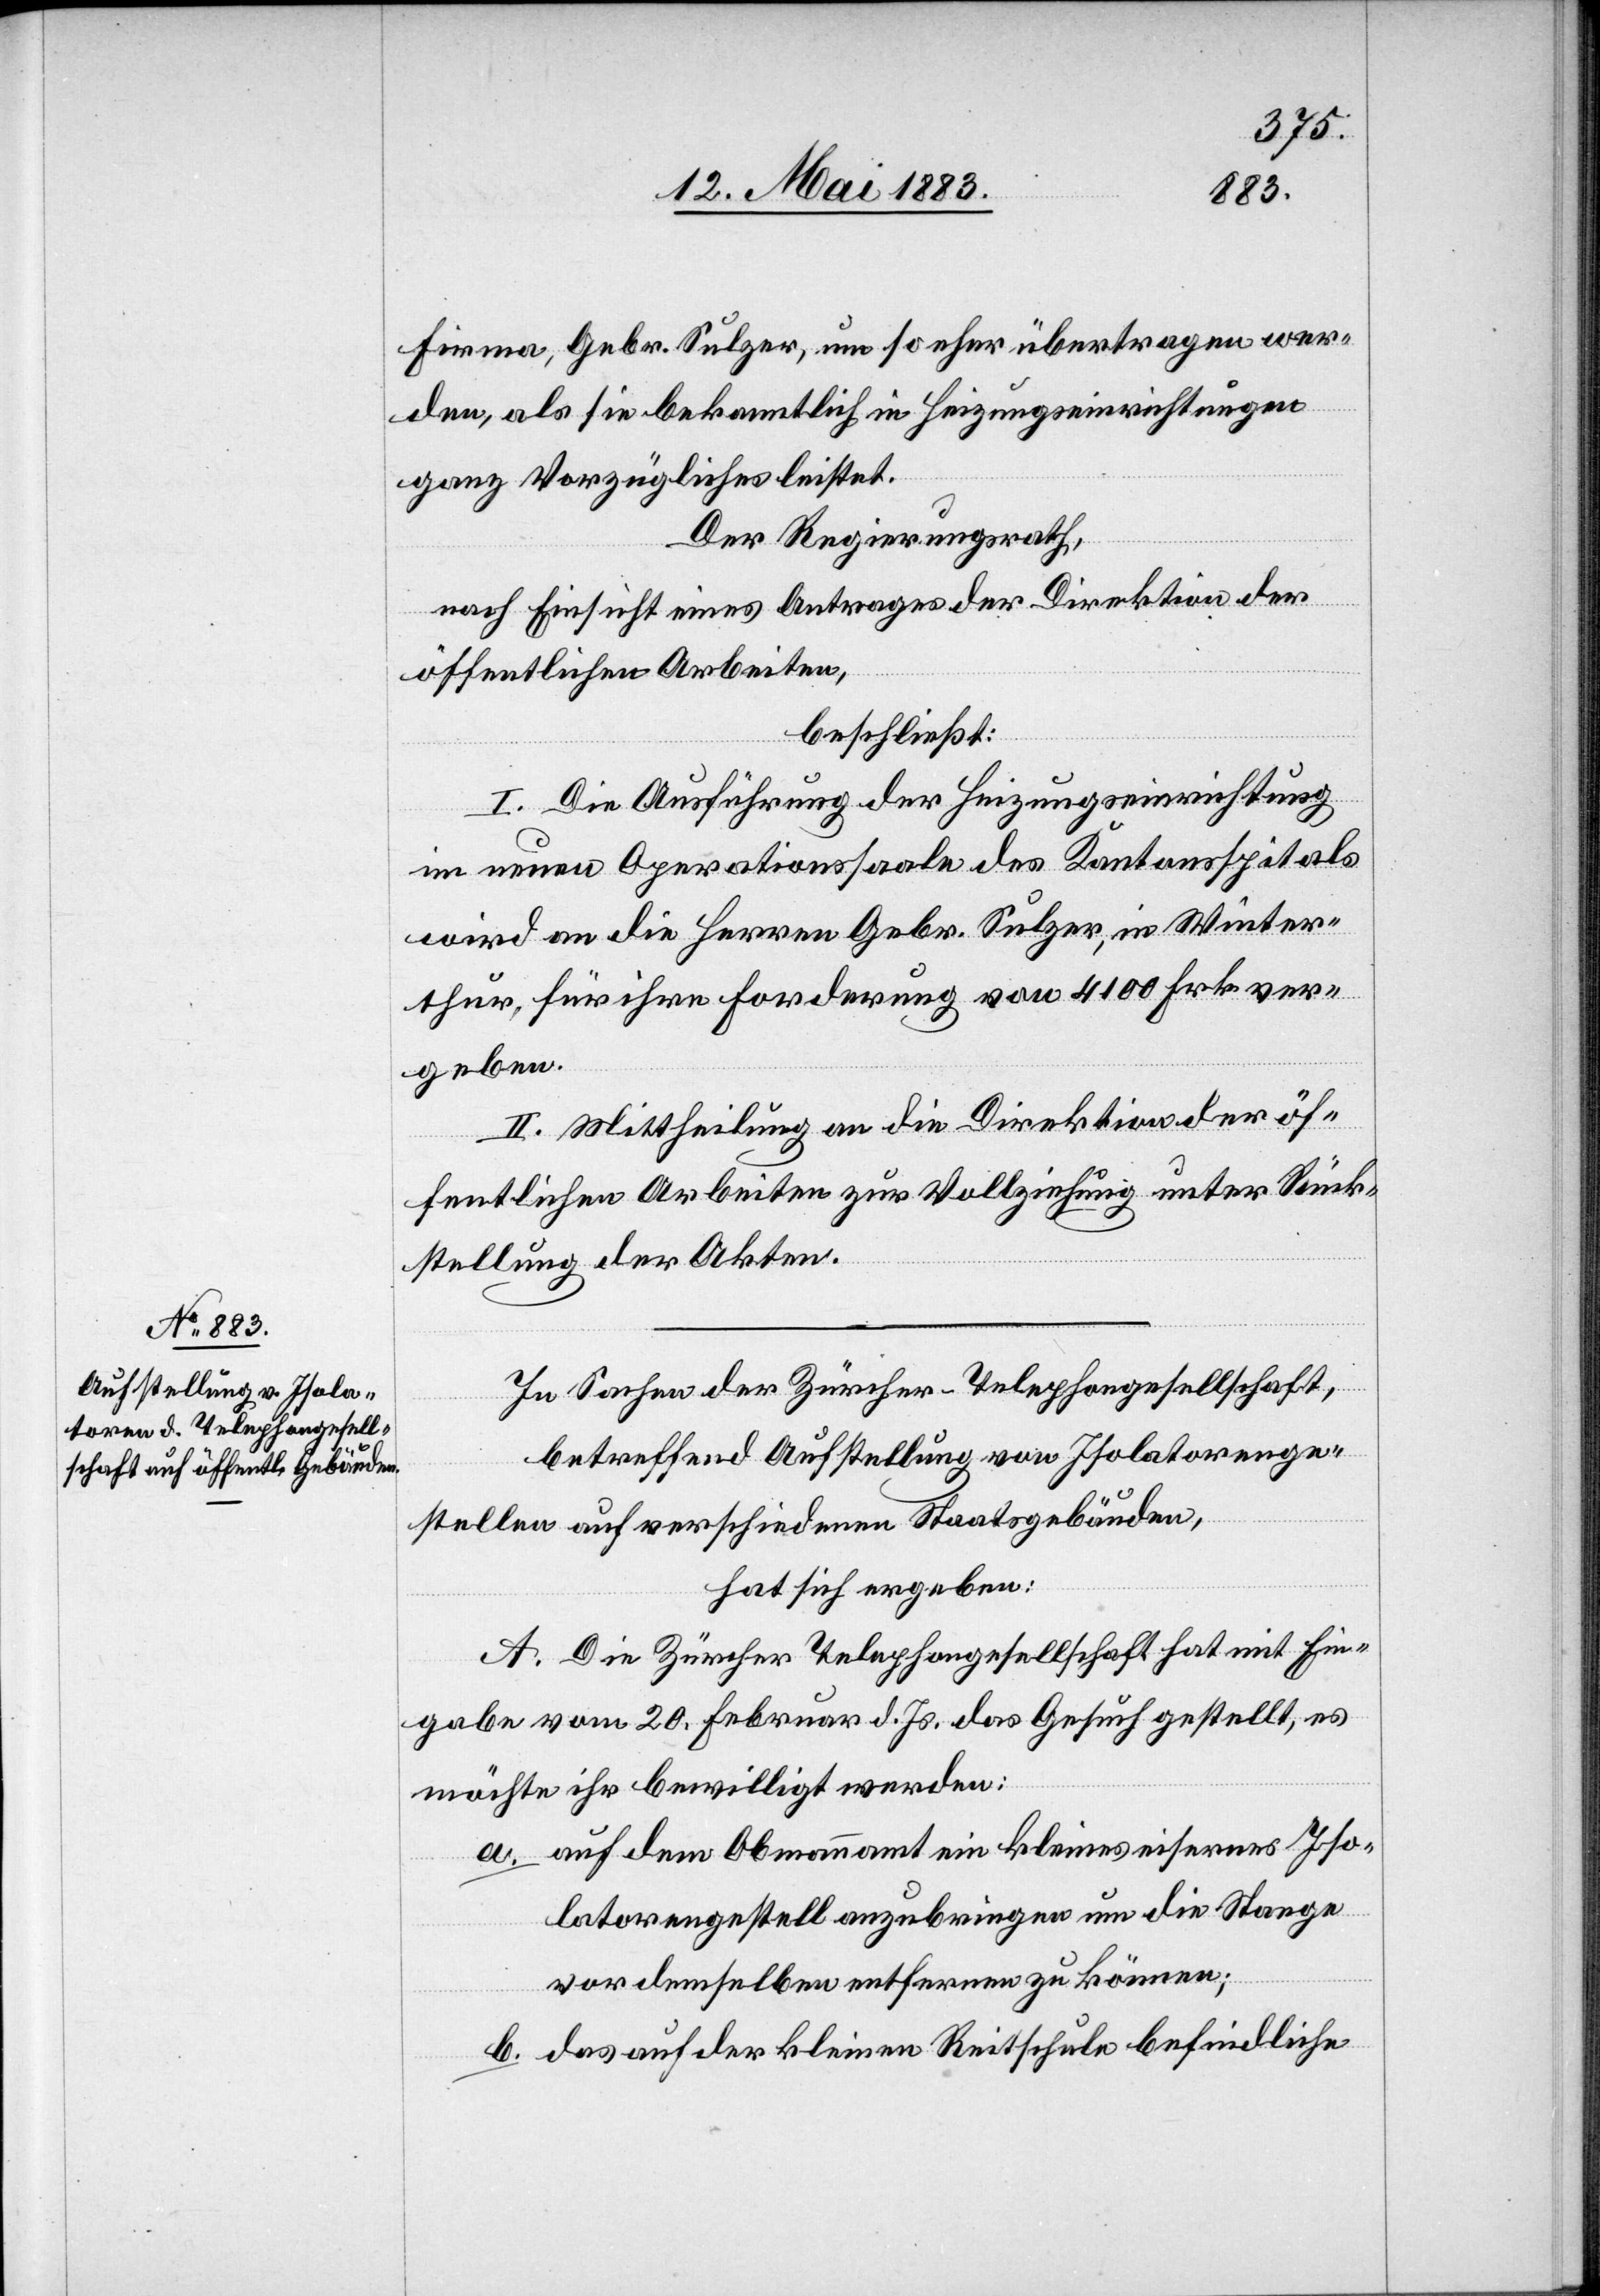
Firma, Gebr. Sulzer, um so eher übertragen wer¬
den, als sie bekanntlich in Heizungseinrichtungen
ganz Vorzügliches leistet.
Der Regierungsrath,
nach Einsicht eines Antrages der Direktion der
öffentlichen Arbeiten,
beschließt:
I. Die Ausführung der Heizungseinrichtung
im neuen Operationssaale des Kantonsspitals
wird an die Herren Gebr. Sulzer, in Winter¬
thur, für ihre Forderung von 4100 Frk. ver¬
geben.
II. Mittheilung an die Direktion der öf¬
fentlichen Arbeiten zur Vollziehung unter Rück¬
stellung der Akten.
In Sachen der Zürcher-Telephongesellschaft,
betreffend Aufstellung von Isolatorenge¬
stellen auf verschiedenen Staatsgebäuden,
hat sich ergeben:
A. Die Zürcher Telephongesellschaft hat mit Ein¬
gabe vom 20. Februar d. Js. das Gesuch gestellt, es
möchte ihr bewilligt werden:
a. auf dem Obmannamt ein kleines eisernes Iso¬
latorengestell anzubringen um die Stange
vor demselben entfernen zu können;
b. das auf der kleinen Reitschule befindliche